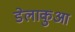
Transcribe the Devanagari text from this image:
डेलाकुआ